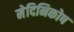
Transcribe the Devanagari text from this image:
मेदिनिकोष